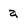
Character: a